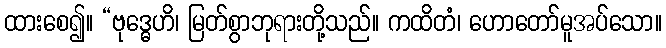
ထားစေ၍။ “ဗုဒ္ဓေဟိ၊ မြတ်စွာဘုရားတို့သည်။ ကထိတံ၊ ဟောတော်မူအပ်သော။